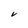
Character: V